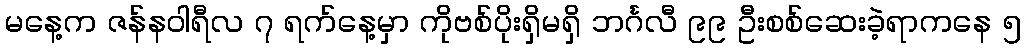
မနေ့က ဇန်နဝါရီလ ၇ ရက်နေ့မှာ ကိုဗစ်ပိုးရှိမရှိ ဘင်္ဂလီ ၉၉ ဦးစစ်ဆေးခဲ့ရာကနေ ၅